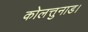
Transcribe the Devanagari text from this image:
कोलत्तुनाड।